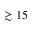
\gtrsim 1 5